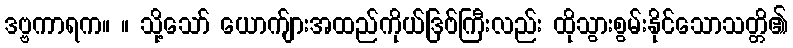
ဒဗ္ဗကာရက။ ။ သို့သော် ယောက်ျားအထည်ကိုယ်ဒြဗ်ကြီးလည်း ထိုသွားစွမ်းနိုင်သောသတ္တိ၏